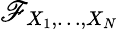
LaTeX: \mathscr{F}_{X_{1},\ldots,X_{N}}